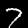
Digit: 7